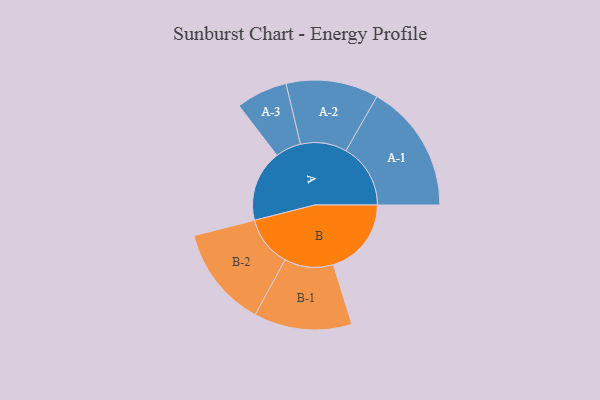
{"axis": {"x": "Segment", "y": "Value"}, "legend": ["", "A", "B"], "data": [{"x": "A", "y": 331, "type": ""}, {"x": "B", "y": 361, "type": ""}, {"x": "A-1", "y": 299, "type": "A"}, {"x": "A-2", "y": 214, "type": "A"}, {"x": "A-3", "y": 119, "type": "A"}, {"x": "B-1", "y": 227, "type": "B"}, {"x": "B-2", "y": 234, "type": "B"}]}